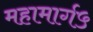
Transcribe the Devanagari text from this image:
महामार्ग५